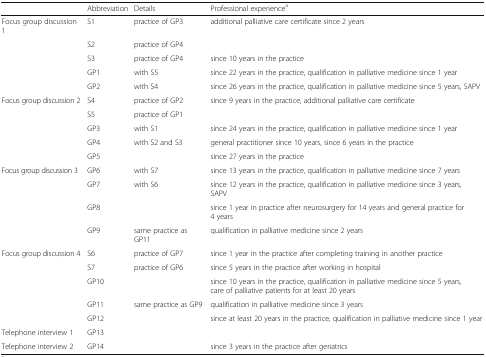
<table><thead><tr><td></td><td><b>Abbreviation</b></td><td><b>Details</b></td><td><b>Professional experience<sup>a</sup></b></td></tr></thead><tbody><tr><td>Focus group discussion 1</td><td>S1</td><td>practice of GP3</td><td>additional palliative care certificate since 2 years</td></tr><tr><td></td><td>S2</td><td>practice of GP4</td><td></td></tr><tr><td></td><td>S3</td><td>practice of GP4</td><td>since 10 years in the practice</td></tr><tr><td></td><td>GP1</td><td>with S5</td><td>since 22 years in the practice, qualification in palliative medicine since 1 year</td></tr><tr><td></td><td>GP2</td><td>with S4</td><td>since 26 years in the practice, qualification in palliative medicine since 5 years, SAPV</td></tr><tr><td>Focus group discussion 2</td><td>S4</td><td>practice of GP2</td><td>since 9 years in the practice, additional palliative care certificate</td></tr><tr><td></td><td>S5</td><td>practice of GP1</td><td></td></tr><tr><td></td><td>GP3</td><td>with S1</td><td>since 24 years in the practice, qualification in palliative medicine since 1 year</td></tr><tr><td></td><td>GP4</td><td>with S2 and S3</td><td>general practitioner since 10 years, since 6 years in the practice</td></tr><tr><td></td><td>GP5</td><td></td><td>since 27 years in the practice</td></tr><tr><td>Focus group discussion 3</td><td>GP6</td><td>with S7</td><td>since 13 years in the practice, qualification in palliative medicine since 7 years</td></tr><tr><td></td><td>GP7</td><td>with S6</td><td>since 12 years in the practice, qualification in palliative medicine since 3 years, SAPV</td></tr><tr><td></td><td>GP8</td><td></td><td>since 1 year in practice after neurosurgery for 14 years and general practice for 4 years</td></tr><tr><td></td><td>GP9</td><td>same practice as GP11</td><td>qualification in palliative medicine since 2 years</td></tr><tr><td>Focus group discussion 4</td><td>S6</td><td>practice of GP7</td><td>since 1 year in the practice after completing training in another practice</td></tr><tr><td></td><td>S7</td><td>practice of GP6</td><td>since 5 years in the practice after working in hospital</td></tr><tr><td></td><td>GP10</td><td></td><td>since 10 years in the practice, qualification in palliative medicine since 5 years, care of palliative patients for at least 20 years</td></tr><tr><td></td><td>GP11</td><td>same practice as GP9</td><td>qualification in palliative medicine since 3 years</td></tr><tr><td></td><td>GP12</td><td></td><td>since at least 20 years in the practice, qualification in palliative medicine since 1 year</td></tr><tr><td>Telephone interview 1</td><td>GP13</td><td></td><td></td></tr><tr><td>Telephone interview 2</td><td>GP14</td><td></td><td>since 3 years in the practice after geriatrics</td></tr></tbody></table>